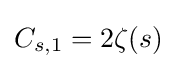
C_{s,1}=2\zeta (s)